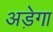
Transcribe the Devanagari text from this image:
अड़ेगा